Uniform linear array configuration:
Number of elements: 24
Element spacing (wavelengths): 0.75
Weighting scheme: uniform
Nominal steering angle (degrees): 30
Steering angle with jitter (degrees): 29.424
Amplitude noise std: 0.05
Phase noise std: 0.05

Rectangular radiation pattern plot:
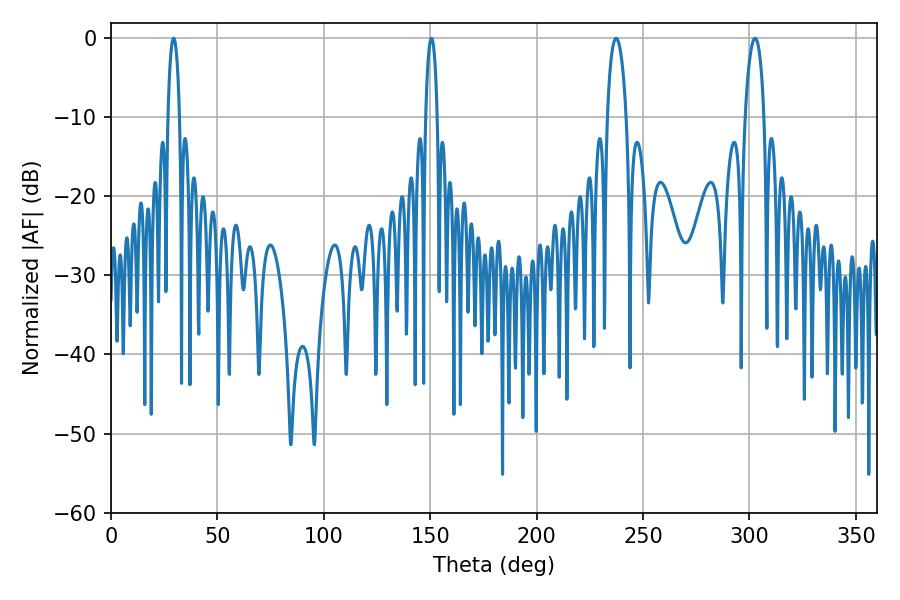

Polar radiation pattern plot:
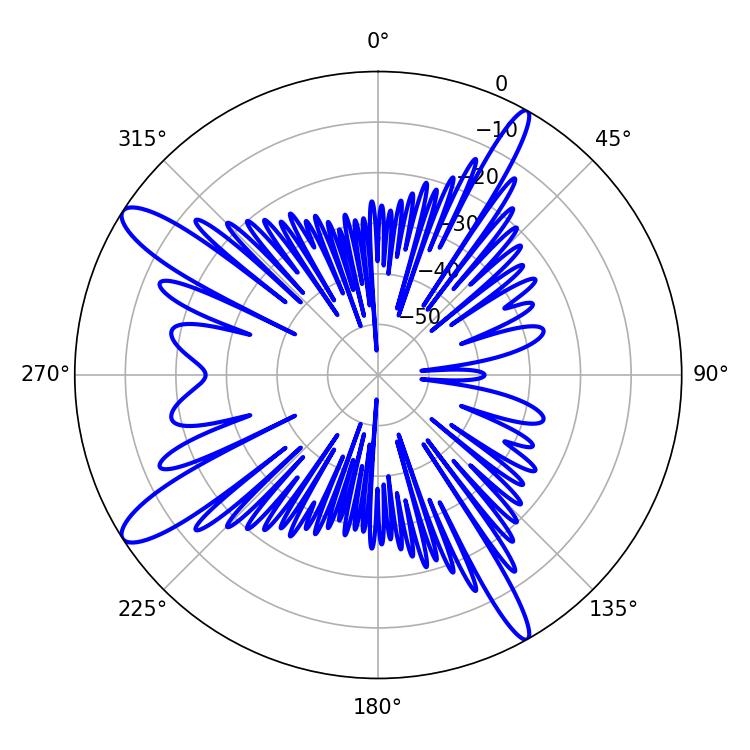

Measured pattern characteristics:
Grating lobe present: TRUE
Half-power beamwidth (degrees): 5.04
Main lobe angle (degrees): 237.42